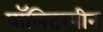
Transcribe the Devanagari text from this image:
पॉलिटरपीन